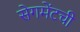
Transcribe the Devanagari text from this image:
सेगमेंटची